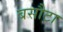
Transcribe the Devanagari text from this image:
बसौटा